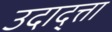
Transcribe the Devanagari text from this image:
उदाद्त्ता